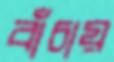
বাঁচায়